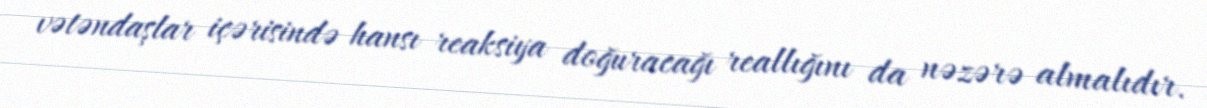
vətəndaşlar içərisində hansı reaksiya doğuracağı reallığını da nəzərə almalıdır.